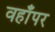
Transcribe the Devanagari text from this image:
वहाँपर